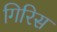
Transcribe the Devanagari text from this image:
गिरिस